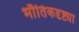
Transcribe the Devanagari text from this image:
भौतिकदृष्ट्या